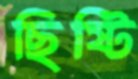
ছিষ্টি